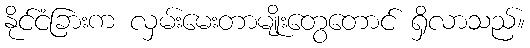
နိုင်ငံခြားက လှမ်းမေးတာမျိုးတွေတောင် ရှိလာသည်။